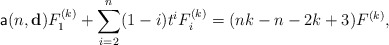
\begin{align*}\mathsf{a}(n,\mathbf{d}) F_1^{(k)}+\sum_{i=2}^{n}(1-i)t^{i}F_i^{(k)}=(nk-n-2k+3)F^{(k)},\end{align*}